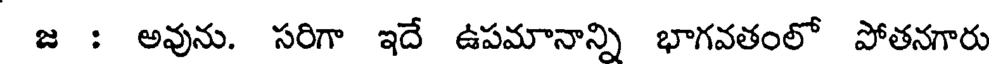
జ : అవును. సరిగా ఇదే ఉపమానాన్ని భాగవతంలో పోతనగారు